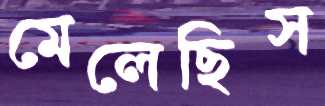
মেলেছিস